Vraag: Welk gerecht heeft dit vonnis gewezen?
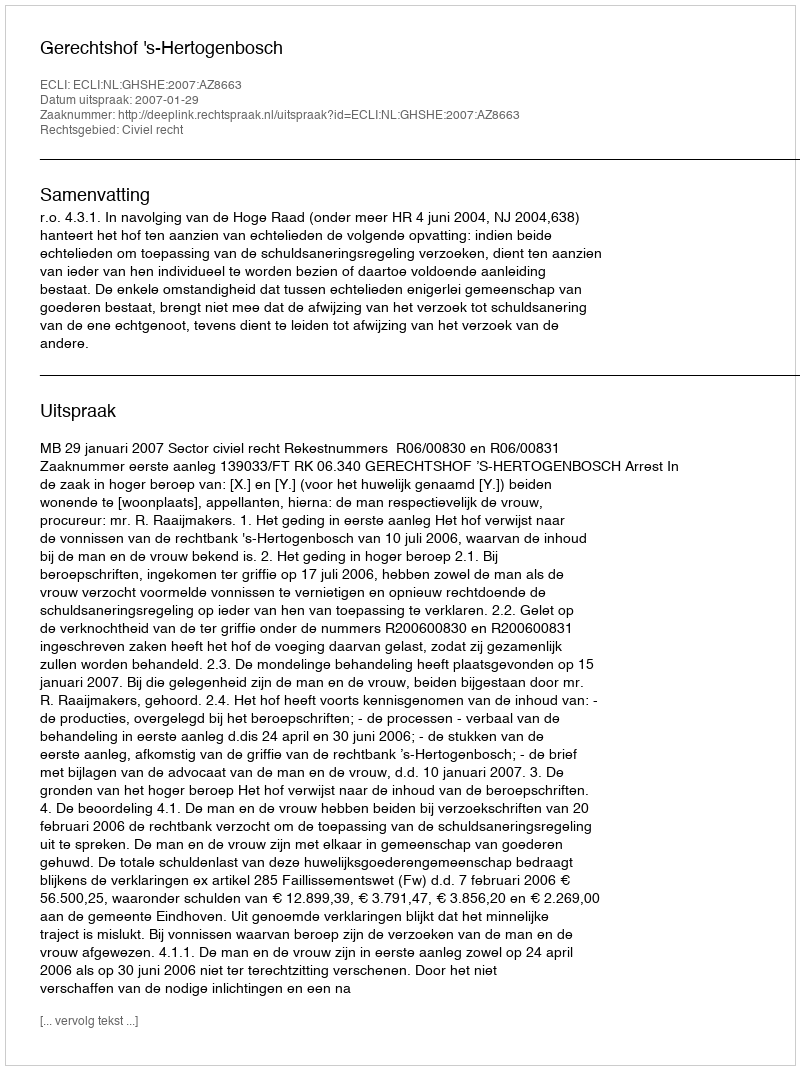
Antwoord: Gerechtshof 's-Hertogenbosch